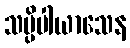
သပ္ပိပါယာသေန